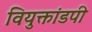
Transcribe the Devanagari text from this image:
वियुक्तांडपी